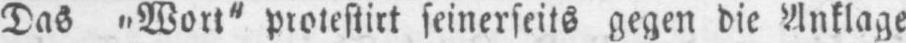
Das “Wort“ protestirt seinerseits gegen die Anklage